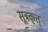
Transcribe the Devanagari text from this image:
सूत्रकृत्